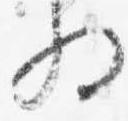
将